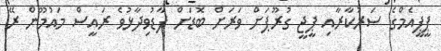
ޕީޕީއެމްގެ ސަރުކާރާއި ޕީޖީ ގުރޫޕަށް ވަރަށް ބޮޑަށް ފާޑުވިދާޅުވެ ރައީސް މައުމޫން ރޭ